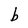
Character: b